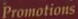
Promotions